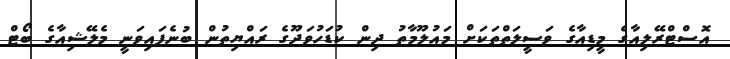
އޮސްޓްރޭލިއާގެ މީޑިއާގެ ވަސީލަތްތަކަށް މައުލޫމާތު ދިން ކުޑަހުވަދޫގެ ރައްޔިތުން ބުނެފައިވަނީ މެލޭޝިއާގެ ބޯޓް